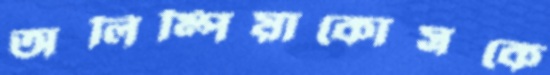
অলিম্পিয়াকোসকে